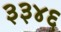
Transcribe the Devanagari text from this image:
३३४६